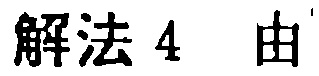
解法 4 由